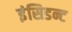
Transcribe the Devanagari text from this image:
इंसिडन्ट